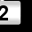
Digit: 2